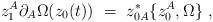
\begin{align*}z_1^A\partial_A\Omega(z_0(t)) ~=~ z^*_{0A}\{z_0^A,\Omega\} ~,\end{align*}